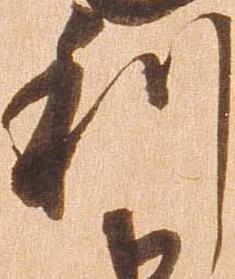
利